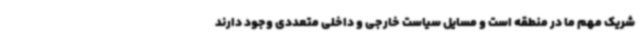
شریک مهم ما در منطقه است و مسایل سیاست خارجی و داخلی متعددی وجود دارند